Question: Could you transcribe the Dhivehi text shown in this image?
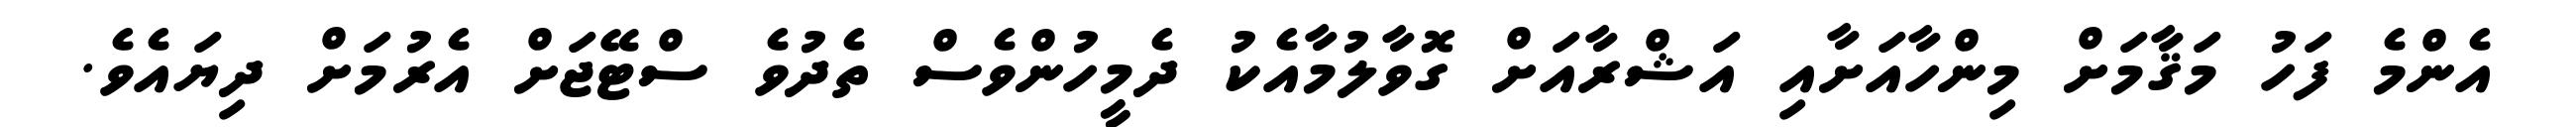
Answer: އެންމެ ފަހު މަޤާމަށް މިންހާއަށާއި އަޝްރާއަށް ގޮވާލުމާއެކު ދެމީހުންވެސް ތެދުވެ ސްޓޭޖަށް އެރުމަށް ދިޔައެވެ.